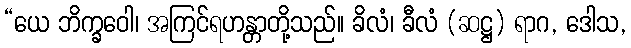
“ယေ ဘိက္ခဝေါ၊ အကြင်ရဟန္တာတို့သည်။ ခိလံ၊ ခီလံ (ဆဋ္ဌ) ရာဂ, ဒေါသ,